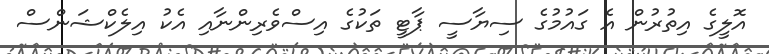
އޮލީގެ އިތުރުން އެ ގައުމުގެ ސިޔާސީ ޕާޓީ ތަކުގެ އިސްވެރިންނާއި އެކު އިލެކްޝަންސް